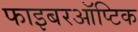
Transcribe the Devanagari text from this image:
फाइबरऑप्टिक